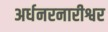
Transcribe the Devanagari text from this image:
अर्धनरनारीश्वर